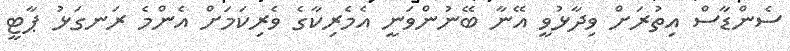
ސެންޑާސް އިތުރަށް ވިދާޅުވީ އޭނާ ބޭނުންވަނީ އެމެރިކާގެ ވެރިކަމަށް އެންމެ ރަނގަޅު ޕާޓީ